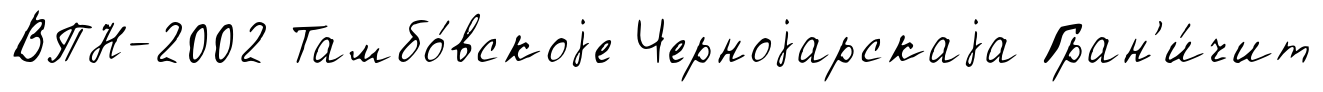
ВПН-2002 Тамбо́вскоjе Черноjарскаjа Гран'и́чит